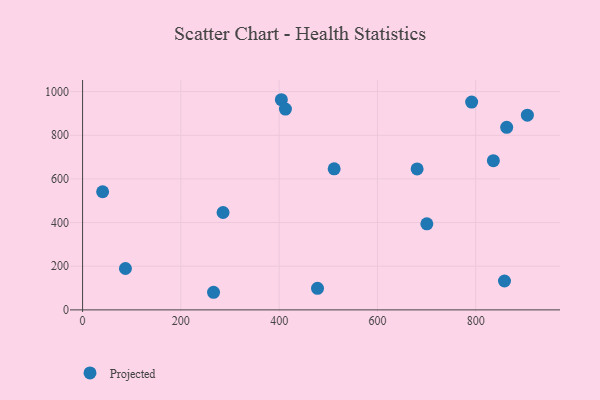
{"axis": {"x": "Speed", "y": "Exam Score"}, "legend": ["Projected"], "data": [{"x": "858.6", "y": 132.4, "type": "Projected"}, {"x": "87.2", "y": 189.6, "type": "Projected"}, {"x": "836.0", "y": 683.4, "type": "Projected"}, {"x": "863.1", "y": 836.5, "type": "Projected"}, {"x": "905.2", "y": 892.0, "type": "Projected"}, {"x": "404.5", "y": 962.7, "type": "Projected"}, {"x": "412.8", "y": 920.1, "type": "Projected"}, {"x": "512.0", "y": 646.2, "type": "Projected"}, {"x": "266.5", "y": 80.7, "type": "Projected"}, {"x": "791.8", "y": 951.9, "type": "Projected"}, {"x": "478.1", "y": 98.6, "type": "Projected"}, {"x": "40.8", "y": 541.2, "type": "Projected"}, {"x": "700.6", "y": 394.1, "type": "Projected"}, {"x": "680.8", "y": 645.9, "type": "Projected"}, {"x": "285.9", "y": 446.2, "type": "Projected"}]}